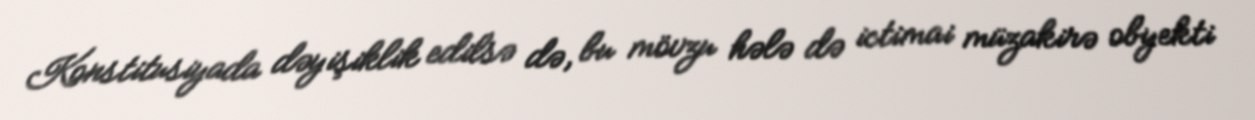
Konstitusiyada dəyişiklik edilsə də, bu mövzu hələ də ictimai müzakirə obyekti